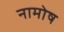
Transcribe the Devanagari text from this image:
नामोष